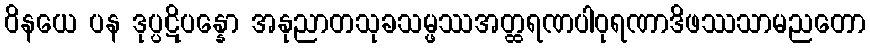
ဝိနယေ ပန ဒုပ္ပဋိပန္နော အနုညာတသုခသမ္ဖဿအတ္ထရဏပါဝုရဏာဒိဖဿသာမညတော